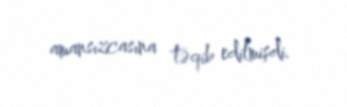
amansızcasına təqib edilmişdi.